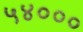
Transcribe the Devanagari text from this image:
५४०००